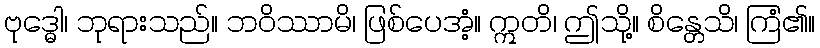
ဗုဒ္ဓေါ၊ ဘုရားသည်။ ဘဝိဿာမိ၊ ဖြစ်ပေအံ့။ ဣတိ၊ ဤသို့။ စိန္တေသိ၊ ကြံ၏။